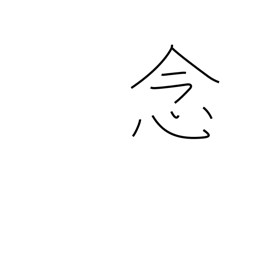
Meaning: desire